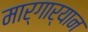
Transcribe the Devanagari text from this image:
मार्गार्यान